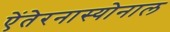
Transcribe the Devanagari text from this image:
ऐंतेरनास्योनाल